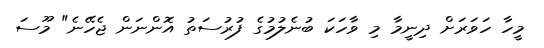
މީހާ ހަވަރަށް ދިނީމާ މި ވާހަކަ ބުނެލުމުގެ ފުރުސަތު އޮންނަން ޖެހޭނެ" މޫސަ